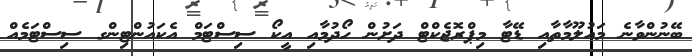
ބޭނުންވާނެ މައުލޫމާތާއި ޑޭޓާ މިޕްރޮޖެކްޓް ދަށުން ހޯދުމާއި އީކޯ ސިސްޓަމް އެކައުންޓިންގ ސިސްޓަމެއް